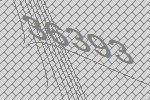
36393